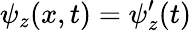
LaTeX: \psi_{z}(x,t)=\psi_{z}^{\prime}(t)